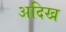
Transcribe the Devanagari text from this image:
अदिख